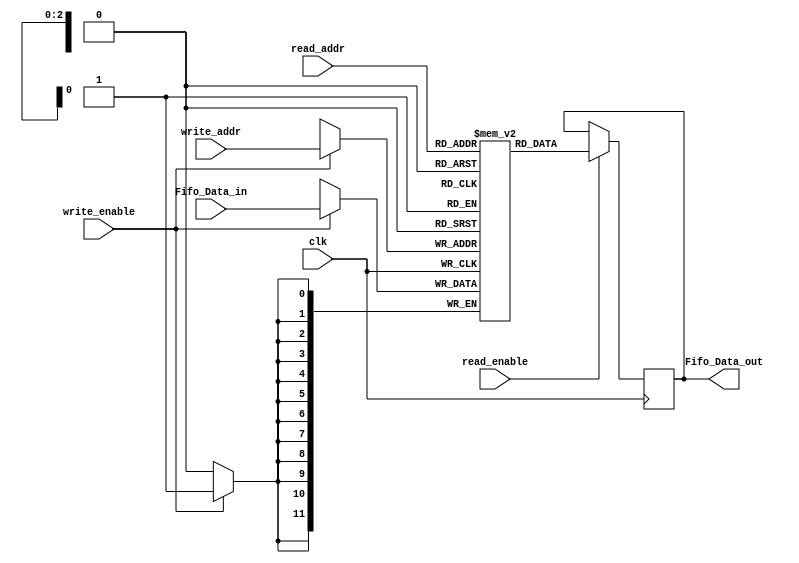
// https://yamin.cis.k.hosei.ac.jp/fpga/verilog-memory.html ej. 10

module memory #(    
   parameter MEM_WIDTH = 12,       
   parameter MEM_LENGHT = 8)(
   input wire [MEM_WIDTH-1:0] Fifo_Data_in,
   input wire [2:0] read_addr, write_addr,  // two addresses( recibe read_ptr y write_ptr)
   input wire write_enable, read_enable, clk,                  
   output reg [MEM_WIDTH-1:0] Fifo_Data_out);
   
   reg [MEM_WIDTH-1:0] mem [0:MEM_LENGHT-1]; 

   always @(posedge clk) begin                
      if (write_enable)                     // write 
         mem[write_addr] <= Fifo_Data_in;
      if (read_enable)                      // read
         Fifo_Data_out <= mem[read_addr];    
   end
endmodule